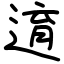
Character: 逳